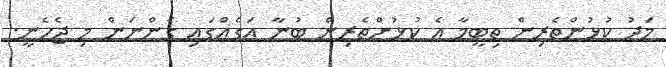
މަދު ކުޅުންތެރިން ތިބީމާ އެ ކުޅުންތެރިން ބުނާ އަގެއްގައި ގެންނަން މި ޖެހެނީ.